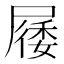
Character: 㞜